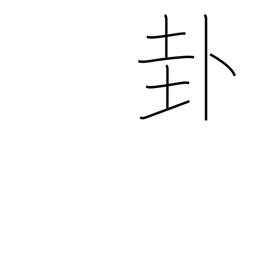
Meaning: a divination sign